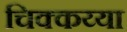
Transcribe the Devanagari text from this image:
चिक्कय्या